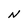
Character: N